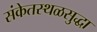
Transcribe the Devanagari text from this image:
संकेतस्थळसुद्धा